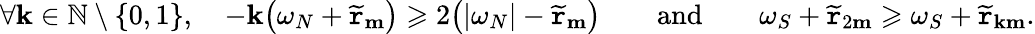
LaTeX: \forall\mathbf{k}\in\mathbb{{N}}\setminus\{ 0,1\} ,\quad-\mathbf{k}\big(\omega_{N}+\widetilde{{\mathtt{{r}}}}_{\mathbf{{m}}}\big)\geqslant2\big(|\omega_{N}|-\widetilde{{\mathtt{{r}}}}_{\mathbf{{m}}}\big)\qquad\textnormal{and}\qquad\omega_{S}+\widetilde{{\mathtt{{r}}}}_{2\mathbf{{m}}}\geqslant\omega_{S}+\widetilde{{\mathtt{{r}}}}_{\mathbf{k}\mathbf{{m}}}.